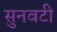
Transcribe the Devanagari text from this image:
सुनवटी